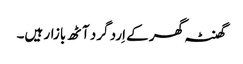
گھنٹہ گھر کے اِرد گرد آٹھ بازار ہیں۔